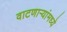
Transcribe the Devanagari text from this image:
वाटणाऱ्यांमध्ये